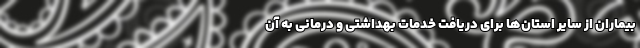
بیماران از سایر استان‌ها برای دریافت خدمات بهداشتی و درمانی به آن